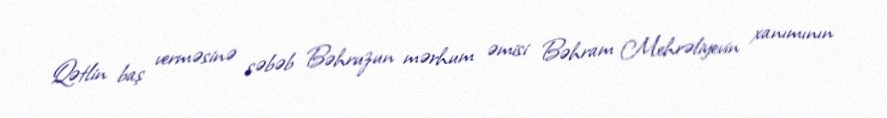
Qətlin baş verməsinə səbəb Bəhruzun mərhum əmisi Bəhram Mehrəliyevin xanımının